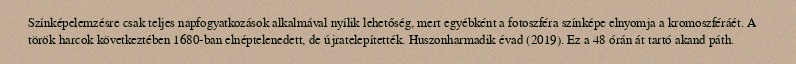
Színképelemzésre csak teljes napfogyatkozások alkalmával nyílik lehetőség, mert egyébként a fotoszféra színképe elnyomja a kromoszféráét. A török harcok következtében 1680-ban elnéptelenedett, de újratelepítették. Huszonharmadik évad (2019). Ez a 48 órán át tartó akand páth.